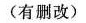
(有删改)